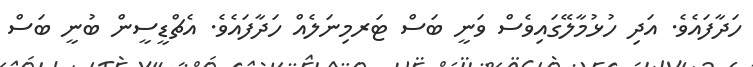
ހަދާފައެވެ. އަދި ހުޅުމާލޭގައިވެސް ވަނީ ބަސް ޓަރމިނަލެއް ހަދާފައެވެ. އެޗްޑީސީން ބުނީ ބަސް